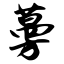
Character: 蔓